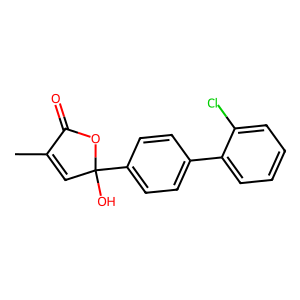
SMILES: CC1=CC(O)(c2ccc(-c3ccccc3Cl)cc2)OC1=O
Inhibits HIV replication: No